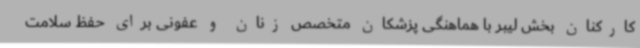
کارکنان بخش لیبر با هماهنگی پزشکان متخصص زنان و عفونی برای حفظ سلامت